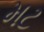
મટ